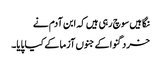
نگاہیں سوچ رہی ہیں کہ ابن آدم نے
خرد گنوا کے جنوں آزما کے کیا پایا۔